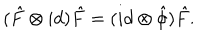
( \hat { F } \otimes i d ) \hat { F } = ( i d \otimes { \hat { \phi } } ) \hat { F } .